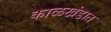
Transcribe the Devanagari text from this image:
काळखंडात